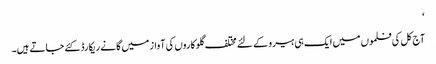
‘
آج کل کی فلموں میں ایک ہی ہیرو کے لئے مختلف گلوکاروں کی آواز میں گانے ریکارڈ کئے جاتے ہیں۔